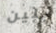
بلين